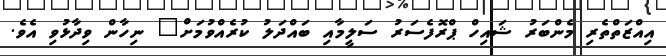
އިއްޒަތްތެރި މެންބަރު ޝައިހް ޕްރޮފެސަރު ސަލީމާއި ބައްދަލު ކުރެއްވުމަށް" ނިހާން ވިދާޅުވި އެވެ.